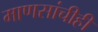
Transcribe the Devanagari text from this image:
माणसांचीही